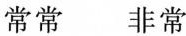
常常 非常